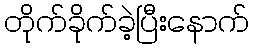
တိုက်ခိုက်ခဲ့ပြီးနောက်